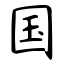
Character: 国